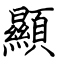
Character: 顯